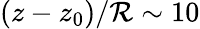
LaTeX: (z-z_{0})/\mathcal{R}\sim10